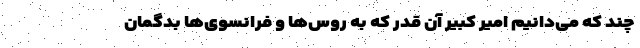
چند که می‌دانیم امیر کبیر آن قدر که به روس‌ها و فرانسوی‌ها بدگمان